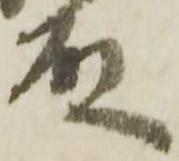
殿